Calcutta medical institutions reports 1871-78
Year: 1871
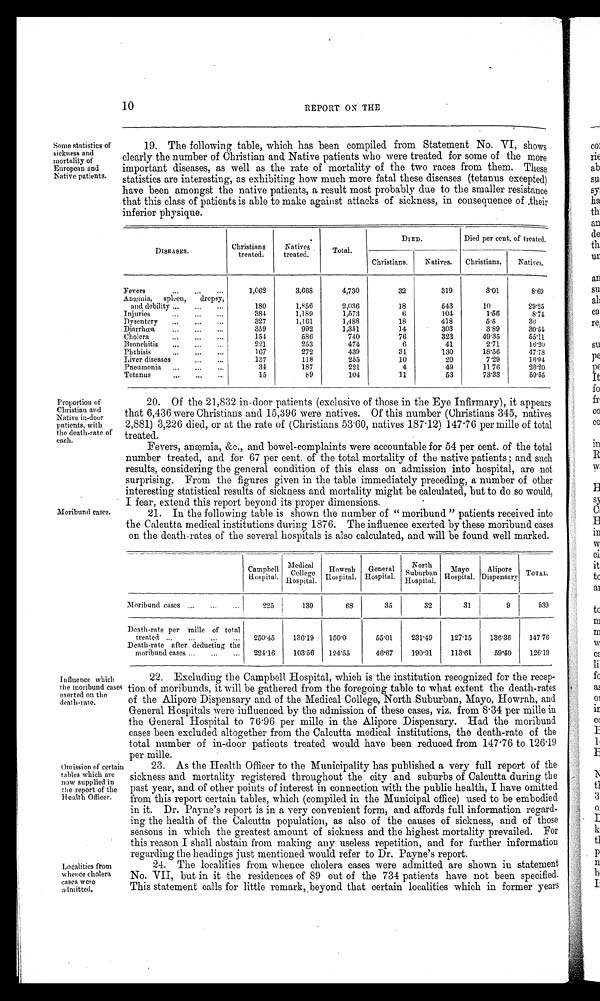
10
REPORT ON THE
Some statistics of
sickness and
mortality of
European and
Native patients. 19. The following table, which has been compiled from Statement No. VI, shows
clearly the number of Christian and Native patients who were treated for some of the more
important diseases, as well as the rate of mortality of the two races from them. These
statistics are interesting, as exhibiting how much more fatal these diseases (tetanus excepted)
have been amongst the native patients, a result most probably due to the smaller resistance
that this class of patients is able to make against attacks of sickness, in consequence of ,their
inferior physique.
DISEASES.
Christians treated. Natives
treated. Total.
DIED.
Died per cent. of treated.
Christians. Natives. Christians. Natives.
Fevers
1, 062
3, 668
4, 730
32
319
3.01
8 . 6 9
Anæmia, spleen, dropsy,
and debility
180
1, 856
2, 036
18
543
10
2 9 . 2 5
Injuries
384
1, 189
1, 573
6
104
1. 56
8 . 7 4
Dysentery
327
1, 161
1, 488
18
418
5.5
36
Diarrhœa
359
992
1, 351
14
303
3.89
3 0 . 5 4
Cholera
154
586
740
76
323
49.35 5 5 . 1 1
Bronchitis
221
253
474
6
41
2.71
1 6 . 2 0
Phthisis
167
272
439
31
130
18.56 4 7 . 7 8
Liver diseases
137
118
255
10
20
7.29 1 6 . 9 4
Pneumonia
34
187
221
4
49
11.76 2 6 . 2 0
Tetanus
15
89
104
11
53
73.33 5 9 . 5 5
Proportion of
Christian and native in-door patients, withthe death-rate of each.
20. Of the 21,832 in-door patients (exclusive of those in the Eye Infirmary), it appears
that 6,436 were Christians and 15,396 were natives. Of this number (Christians 345, natives
. 2, 881) 3, 226 di ed, or at t he r at e of ( Chr i st i ans 53. 60, nat i ves 187 .1
2 ) 1 4 7
.7
6 p e r m i l l e o f t o t a l
treated.
Fevers, anæmia, &c., and bowel-complaints were accountable for 54 per cent. of the total .
number treated, and for 67 per cent. of the total mortality of the native patients; and such
results, considering the general condition of this class on admission into hospital, are not
surprising. From the figures given in the table immediately preceding, a number of other
interesting statistical results of sickness and mortality might be calculated, but to do so would,
I fear, extend this report beyond its proper dimensions.
M o r i b u n d c a s e s . 2 1 . I n t h e f o l l o w i n g t a b l e i s s h o w n t h e n u m b e r o f " m o r i b u n d " p a t i e n t s r e c e i v e d i n t o
the Calcutta medical institutions during 1876. The influence exerted by these moribund cases
on the death-rates of the several hospitals is also calculated, and will be found well marked.
Ca mpbe l l Hos pi t a l . M e d i c a l C o l l e g e
Hospital.
H o w r a h
Hospital. General
Hospital.
North S u b u r b a n
Hospital.
Mayo H o s p i t a l . Alipore
Dispensary TOTAL.
Moribund cases
225
139
68
35
32
31
9
539
Death-rate per mille o f
t o t a l
treated
Death-rate after deducling the
moribund cases
250.45
224.16
136. 19
103. 56
150.0
124.55
55. 01
46. 67
231. 49
190. 91
127. 15
113. 61
136. 36
59. 40
147. 76
126. 19
Influence which
the moribund cases exerted on the death-rate.
22. Excluding the Campbell Hospital, which is the institution recognized for the recep-
tion of moribunds, it will be gathered from the foregoing table to -what extent the death-rates
of the Alipore Dispensary and of the Medical College, North Suburban, Mayo, Howrah, and
General Hospitals were influenced by the admission of these cases, viz. from 8 .34 per mille in
the General Hospital to 76.96 per mille in the Alipore Dispensary. Had the moribund
cases been excluded altogether from the Calcutta medical institutions, the death-rate of the
total number of in-door patients treated would have been reduced from 147.76 to 126.19
per mille.
Omission of certain
tables which are
now supplied in
the report of the
Health Officer.
23. As the Health Officer to the Municipality has published a very full report of the
sickness and mortality registered throughout the city and suburbs of Calcutta during the
past year, and of other points of interest in connection with the public health, I have omitted
from this report certain tables, which (compiled in the Municipal office) used to be embodied
in it. Dr. Payne's report is in a very convenient form, and affords full information regard-
ing the health of the Calcutta population, as also of the causes of sickness, and of those
seasons in which the greatest amount of sickness and the highest mortality prevailed. For
this reason I shall abstain from making any useless repetition, and for further informatio
n regarding the headings just mentioned would refer to Dr. Payne's report.
Localities from
whence cholera
eases Wer0
admitted.
24. The localities from whence cholera cases were admitted are shown in statement
No. VII, but in it the residences of 89 out of the 734 patients have not been specified.
This statement calls for little remark, beyond that certain localities which in former years